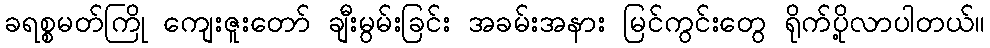
ခရစ္စမတ်ကြို ကျေးဇူးတော် ချီးမွမ်းခြင်း အခမ်းအနား မြင်ကွင်းတွေ ရိုက်ပို့လာပါတယ်။